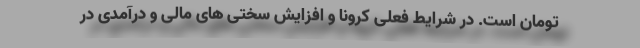
تومان است. در شرایط فعلی کرونا و افزایش سختی های مالی و درآمدی در